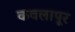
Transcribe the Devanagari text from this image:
कवलापूर